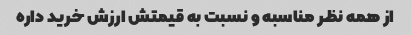
از همه نظر مناسبه و نسبت به قیمتش ارزش خرید داره